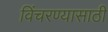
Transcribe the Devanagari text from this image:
विंचरण्यासाठी